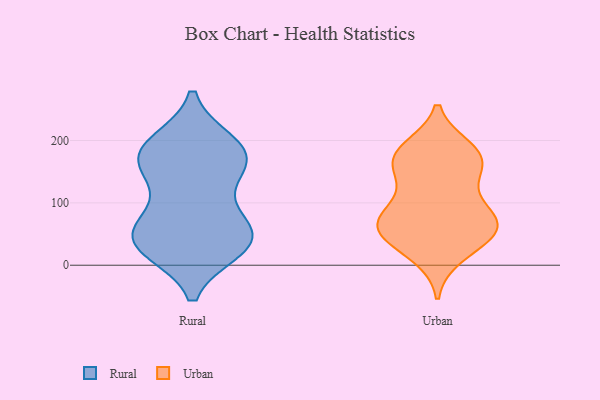
{"axis": {"x": "Operating Costs (USD K)", "y": "Value"}, "legend": ["Rural", "Urban"], "data": [{"x": "", "y": 154, "type": "Rural"}, {"x": "", "y": 31, "type": "Rural"}, {"x": "", "y": 27, "type": "Rural"}, {"x": "", "y": 175, "type": "Rural"}, {"x": "", "y": 180, "type": "Rural"}, {"x": "", "y": 48, "type": "Rural"}, {"x": "", "y": 60, "type": "Rural"}, {"x": "", "y": 89, "type": "Rural"}, {"x": "", "y": 171, "type": "Rural"}, {"x": "", "y": 195, "type": "Rural"}, {"x": "", "y": 55, "type": "Rural"}, {"x": "", "y": 192, "type": "Rural"}, {"x": "", "y": 35, "type": "Rural"}, {"x": "", "y": 34, "type": "Rural"}, {"x": "", "y": 146, "type": "Rural"}, {"x": "", "y": 17, "type": "Urban"}, {"x": "", "y": 56, "type": "Urban"}, {"x": "", "y": 79, "type": "Urban"}, {"x": "", "y": 117, "type": "Urban"}, {"x": "", "y": 56, "type": "Urban"}, {"x": "", "y": 31, "type": "Urban"}, {"x": "", "y": 186, "type": "Urban"}, {"x": "", "y": 69, "type": "Urban"}, {"x": "", "y": 179, "type": "Urban"}, {"x": "", "y": 173, "type": "Urban"}, {"x": "", "y": 80, "type": "Urban"}, {"x": "", "y": 60, "type": "Urban"}, {"x": "", "y": 146, "type": "Urban"}, {"x": "", "y": 65, "type": "Urban"}, {"x": "", "y": 164, "type": "Urban"}, {"x": "", "y": 172, "type": "Urban"}]}